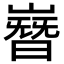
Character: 嶜